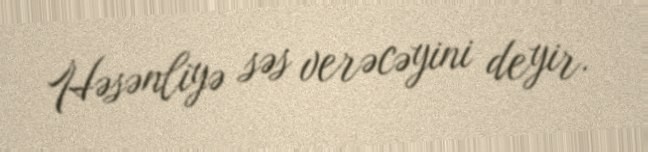
Həsənliyə səs verəcəyini deyir.